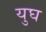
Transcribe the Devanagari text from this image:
युघ